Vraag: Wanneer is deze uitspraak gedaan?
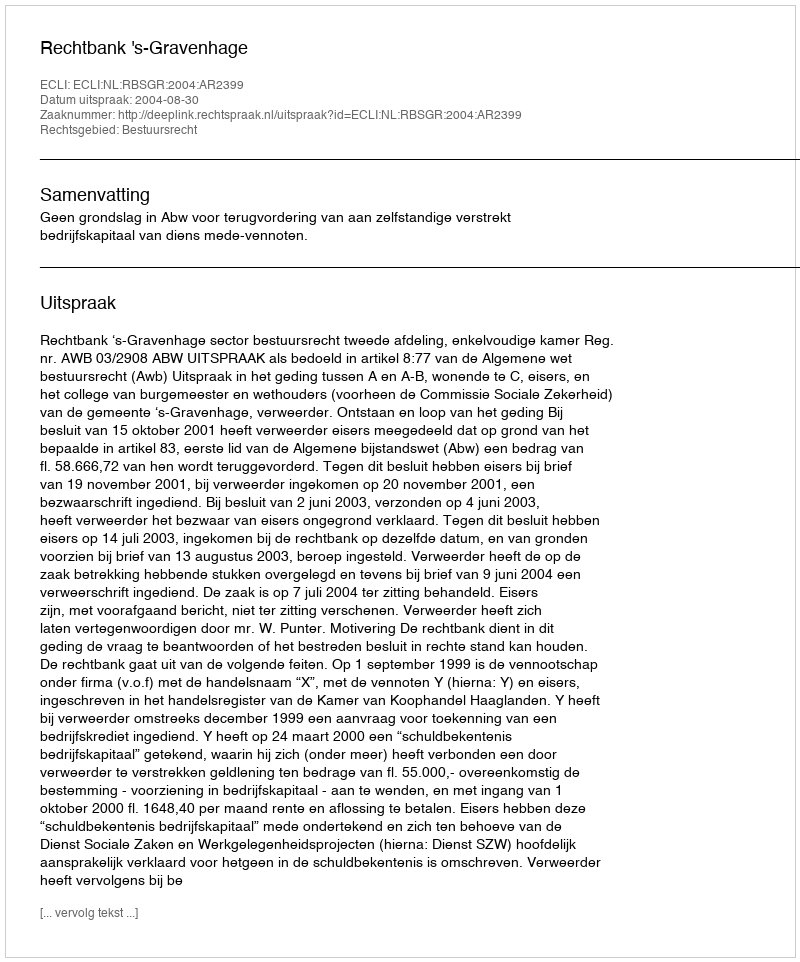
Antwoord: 2004-08-30